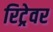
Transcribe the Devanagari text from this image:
रिट्रेवर